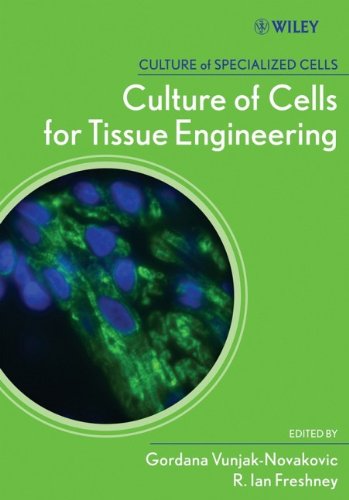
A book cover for Culture of Cells for Tissue Engineering; Gordana Vunjak-Novakovic; Medical Books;